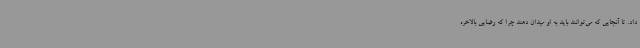
داد. تا آنجایی که می‌توانند باید به او میدان دهند چرا که رضایی بالاخره